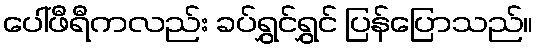
ပေါ်ဖီရီကလည်း ခပ်ရွှင်ရွှင် ပြန်ပြောသည်။